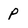
Character: P